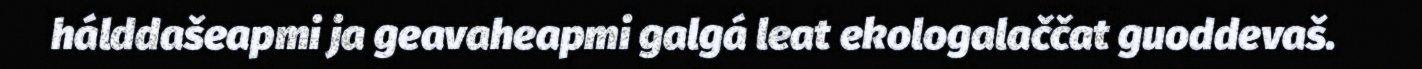
hálddašeapmi ja geavaheapmi galgá leat ekologalaččat guoddevaš.